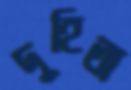
দুহিতা